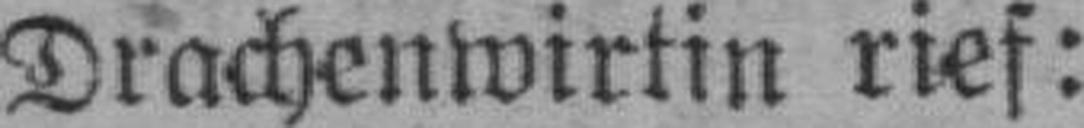
Drachenwirtin rief: